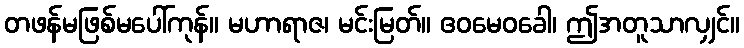
တဖန်မဖြစ်မပေါ်ကုန်။ မဟာရာဇ၊ မင်းမြတ်။ ဧဝမေဝခေါ၊ ဤအတူသာလျှင်။